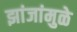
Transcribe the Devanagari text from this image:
झांजांमुळे